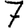
Digit: 7